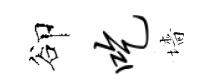
卻吃墻